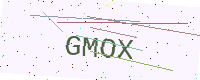
Text: GMOX